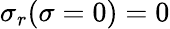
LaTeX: \sigma_{r}(\sigma=0)=0